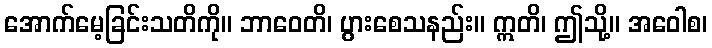
အောက်မေ့ခြင်းသတိကို။ ဘာဝေတိ၊ ပွားစေသနည်း။ ဣတိ၊ ဤသို့။ အဝေါစ၊